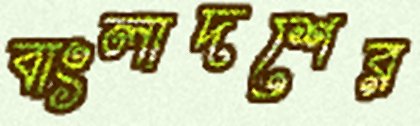
বাংলাদশের